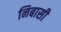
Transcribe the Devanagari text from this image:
निबासी